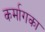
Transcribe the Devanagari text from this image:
कर्मागका